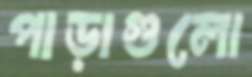
পাড়াগুলো